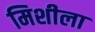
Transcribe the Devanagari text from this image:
मिशीला